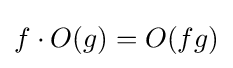
f\cdot O(g)=O(fg)